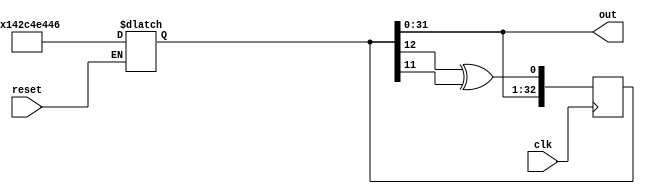
// pseudorandom generator
// implemented using shift register
// see http://www.cs.miami.edu/home/burt/learning/Csc609.022/random_numbers.html theory behind it

// first implement with 33 bits, (32 to out)
// apply XOR computation to bits 12, 11 for cycle of length 8,589,934,591
module random_sreg #(parameter WIDTH = 32) (input clk, reset,
					output [WIDTH-1:0] out);

	reg [32:0] seed;
	
	assign out = seed[WIDTH-1:0];
	
	always @(*) begin
		if (reset)
			seed = 33'b101000010110001001110010001000110;
	end
	
	always @(posedge clk) begin
		seed = seed << 1;
		seed[0] = seed[13] ^ seed[12];
	end

endmodule


module random_sreg_test();
	
	reg clk, reset;
	wire [31:0] n;
	random_sreg dut (clk, reset, n);
	
	integer i = 1000;
	initial begin
		clk = 0;
		reset = 1; #5;
		reset = 0; #5;
	end
	
	always begin
		clk = 1; #5;
		clk = 0; #5;
		$display("%d", n);
		i = i - 1;
		if (i <= 0)
			$finish;
	end
	
endmodule